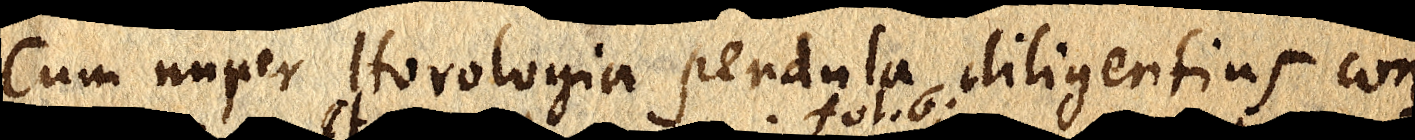
Cum nuper Horologia pendula diligentius, con